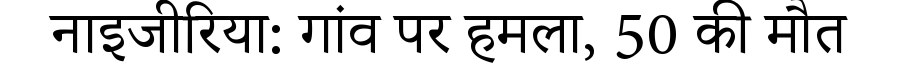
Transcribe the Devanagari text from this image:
नाइजीरिया: गांव पर हमला, 50 की मौत